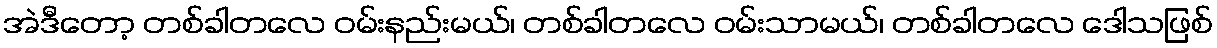
အဲဒီတော့ တစ်ခါတလေ ဝမ်းနည်းမယ်၊ တစ်ခါတလေ ဝမ်းသာမယ်၊ တစ်ခါတလေ ဒေါသဖြစ်